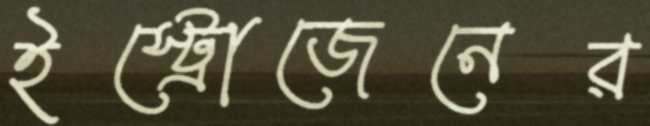
ইস্ট্রোজেনের